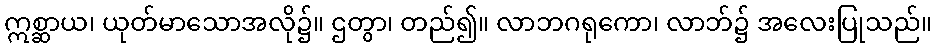
ဣစ္ဆာယ၊ ယုတ်မာသောအလို၌။ ဌတွာ၊ တည်၍။ လာဘဂရုကော၊ လာဘ်၌ အလေးပြုသည်။